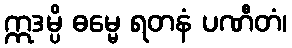
ဣဒမ္ပိ ဓမ္မေ ရတနံ ပဏီတံ၊